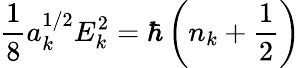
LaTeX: \frac{1}{8}a_{k}^{1/2}E_{k}^{2}=\hbar\left(n_{k}+\frac{1}{2}\right)